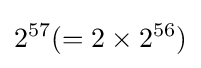
2^{57}(=2\times 2^{56})